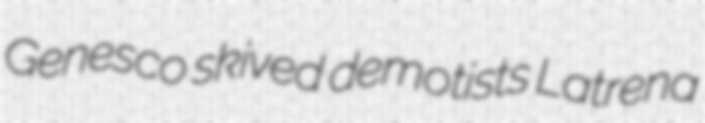
Genesco skived demotists Latrena